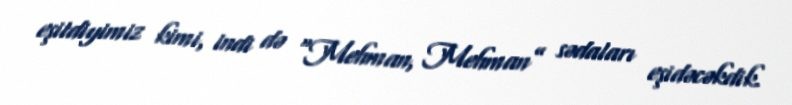
eşitdiyimiz kimi, indi də “Mehman, Mehman” sədaları eşidəcəkdik.